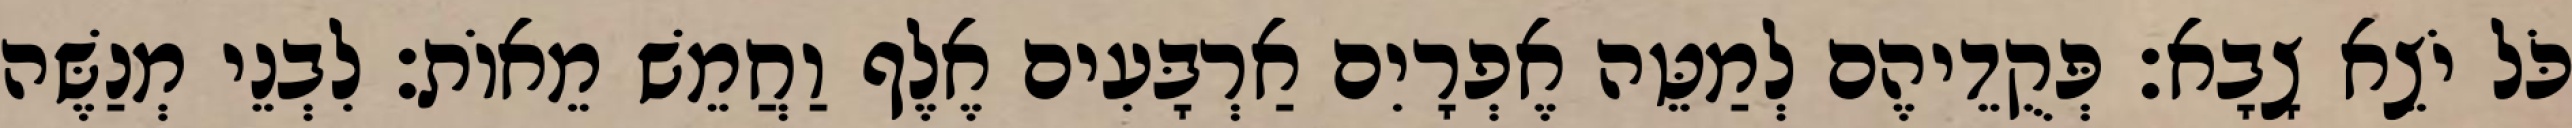
כֹּל יֹצֵא צָבָא׃ פְּקֻדֵיהֶם לְמַטֵּה אֶפְרָיִם אַרְבָּעִים אֶלֶף וַחֲמֵשׁ מֵאוֹת׃ לִבְנֵי מְנַשֶּׁה